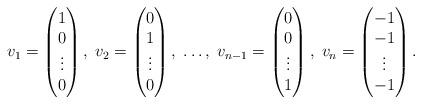
LaTeX: \begin{align*}v_1=\begin{pmatrix} 1 \\ 0 \\ \vdots \\ 0 \end{pmatrix},\;v_2=\begin{pmatrix} 0 \\ 1 \\ \vdots \\ 0 \end{pmatrix},\;\dots ,\;v_{n-1}=\begin{pmatrix} 0 \\ 0 \\ \vdots \\ 1 \end{pmatrix}, \;v_n=\begin{pmatrix} -1 \\ -1 \\ \vdots \\ -1 \end{pmatrix}.\end{align*}